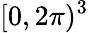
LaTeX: [0,2\pi)^{3}